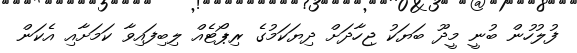
ފުލުހުން ބުނީ މީދޫ ބަޔަކު ޖިހާދަށް ދިޔަކަމުގެ ރިޕޯޓެއް ލިބިފައިވާ ކަމަށާއި އެކަން